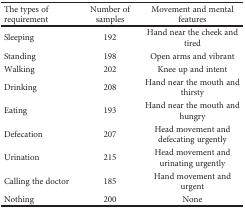
| The types of requirement | Number of samples | Movement and mental features |
 | --- | --- | --- |
 | Sleeping | 192 | Hand near the cheek and tired |
 | Standing | 198 | Open arms and vibrant |
 | Walking | 202 | Knee up and intent |
 | Drinking | 208 | Hand near the mouth and thirsty |
 | Eating | 193 | Hand near the mouth and hungry |
 | Defecation | 207 | Head movement and defecating urgently |
 | Urination | 215 | Head movement and urinating urgently |
 | Calling the doctor | 185 | Hand movement and urgent |
 | Nothing | 200 | None |